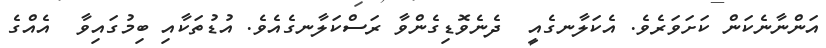
އަންނާނެކަން ކަށަވަރެވެ. އެކަލާނގެއީ  ދެނެވޮޑިގެންވާ ރަސްކަލާނގެއެވެ. އުޑުތަކާއި ބިމުގައިވާ  އެއްގެ